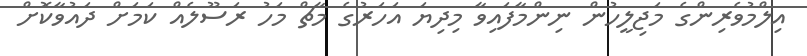
އިލްމުވެރިންގެ މަޖިލީހުން ނިންމާފައިވާ މިދިޔަ އަހަރުގެ މާޗް މަހު ރަސޫލެއް ކަމަށް ދައުވާކޮށް